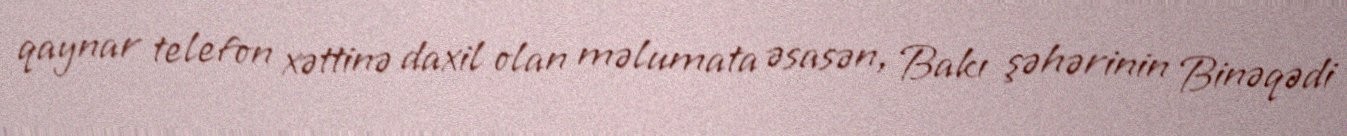
qaynar telefon xəttinə daxil olan məlumata əsasən, Bakı şəhərinin Binəqədi